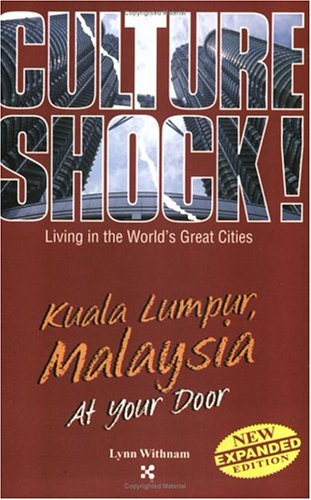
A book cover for Kuala Lumpur, Malaysia (Culture Shock! At Your Door: A Survival Guide to Customs & Etiquette); Lynn Witham; Travel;